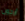
أرجون